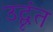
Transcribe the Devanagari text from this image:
उद्वृंत